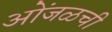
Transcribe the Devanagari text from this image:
ओंजळची